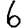
Digit: 6